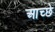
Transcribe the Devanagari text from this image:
आच्छे